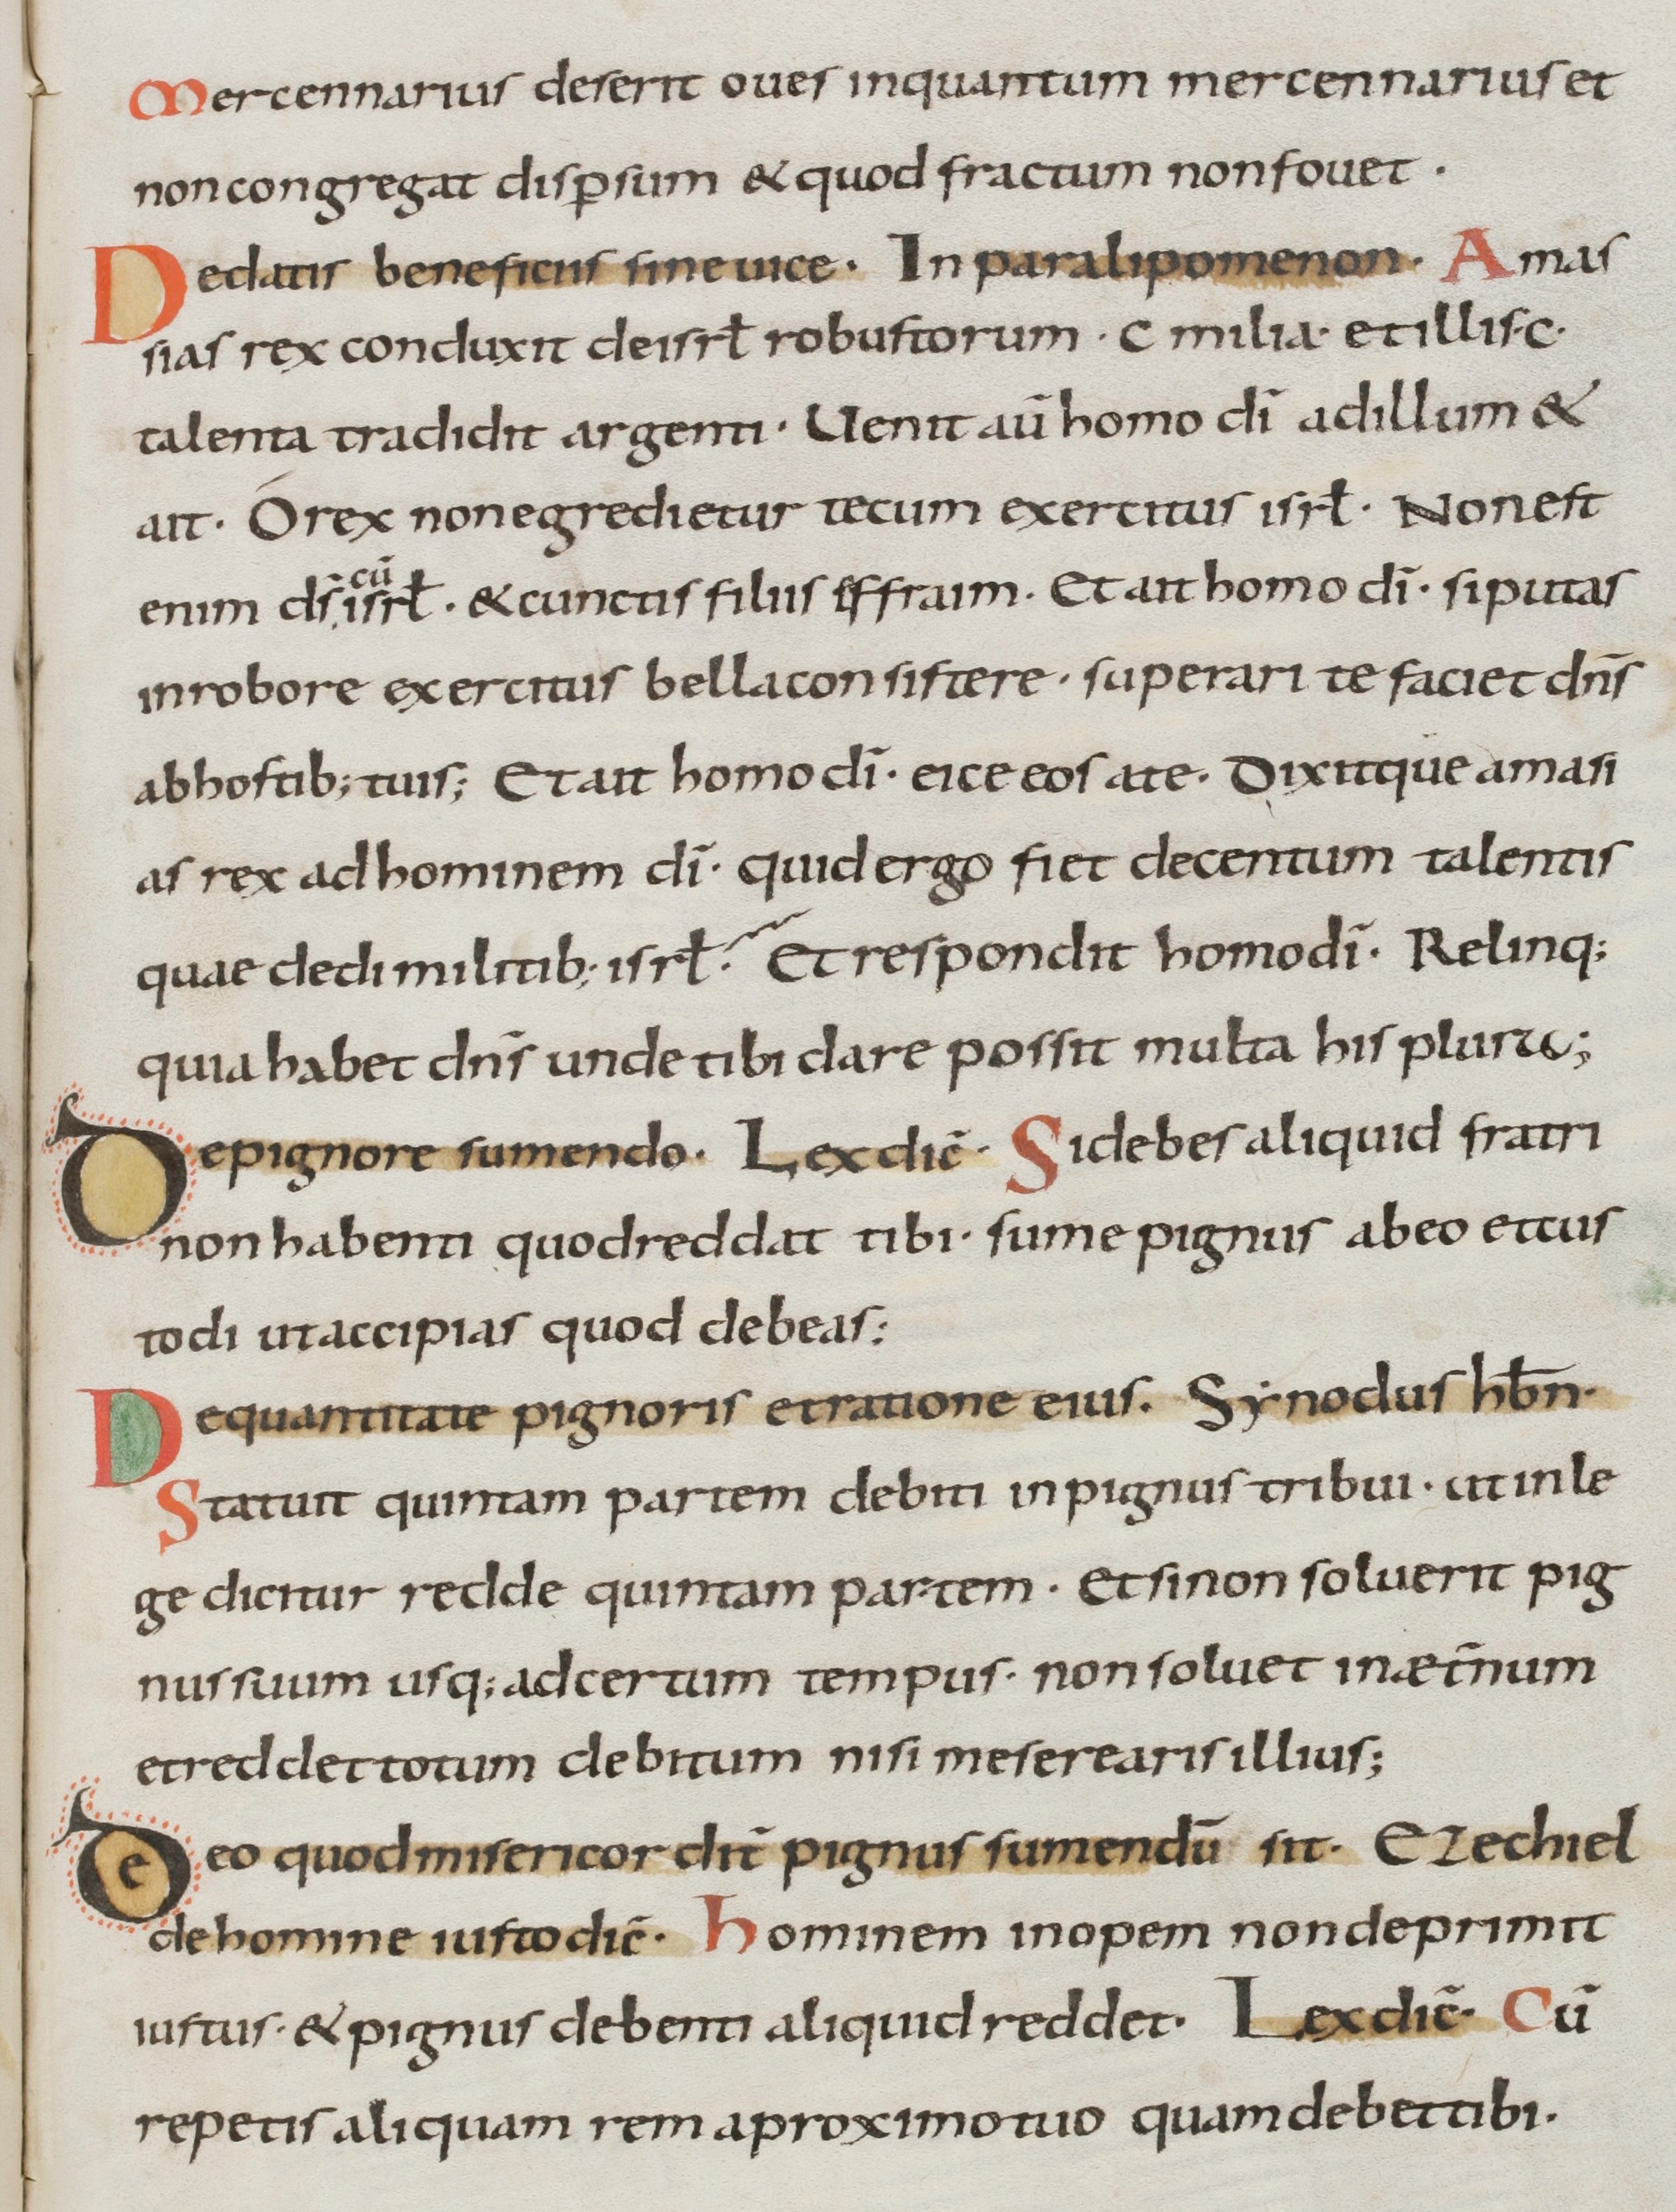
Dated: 800–899